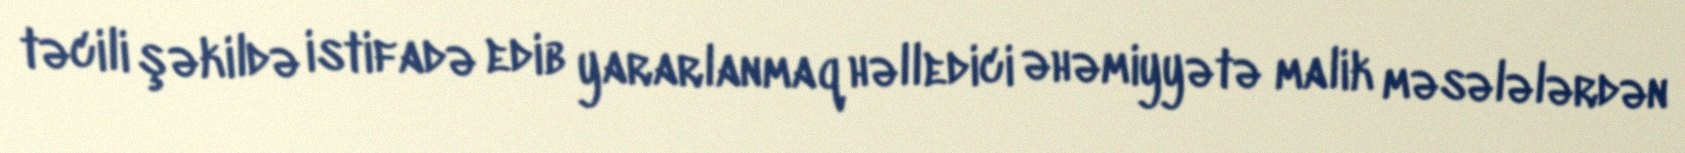
təcili şəkildə istifadə edib yararlanmaq həlledici əhəmiyyətə malik məsələlərdən